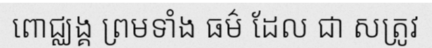
ពោជ្ឈង្គ ព្រមទាំង ធម៌ ដែល ជា សត្រូវ